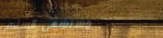
مستشفى السلام